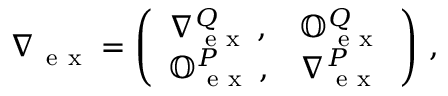
\nabla { } _ { \mathrm { ~ e ~ x ~ } } = \left( \begin{array} { l l } { \nabla { } _ { \mathrm { ~ e ~ x ~ } } ^ { Q } \, , } & { \mathbb { O } _ { \mathrm { ~ e ~ x ~ } } ^ { Q } } \\ { \mathbb { O } _ { \mathrm { ~ e ~ x ~ } } ^ { P } \, , } & { \nabla { } _ { \mathrm { ~ e ~ x ~ } } ^ { P } } \end{array} \right) \, ,